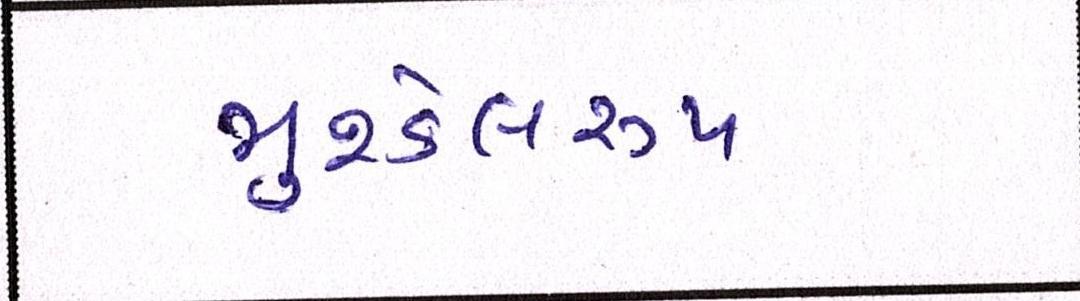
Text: મુશ્કેલરૂપ